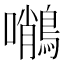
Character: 𪄨